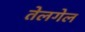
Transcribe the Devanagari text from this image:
तेलगेल